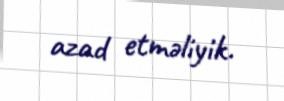
azad etməliyik.